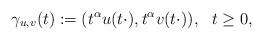
LaTeX: \begin{align*}\gamma_{u,v}(t):=(t^{\alpha}u(t\cdot),t^{\alpha}v(t\cdot)),\ \ t\geq0,\end{align*}